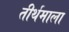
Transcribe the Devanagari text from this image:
तीर्थमाला